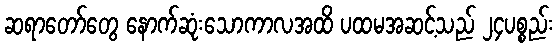
ဆရာတော်တွေ နောက်ဆုံးသောကာလအထိ ပထမအဆင့်သည် ၂၄ပစ္စည်း